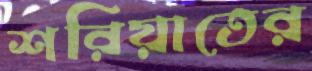
শরিয়াতের